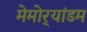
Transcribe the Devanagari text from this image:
मेमोर्‍यांडम